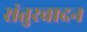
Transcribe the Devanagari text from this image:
संतुरवादन